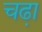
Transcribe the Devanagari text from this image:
चढा़